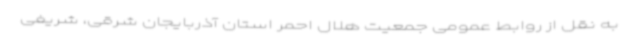
به نقل از روابط عمومی جمعیت هلال احمر استان آذربایجان شرقی، شریفی